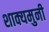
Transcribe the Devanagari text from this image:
शाक्यमुनी